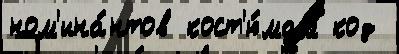
ном'ина́нтов кост'ю́мам код